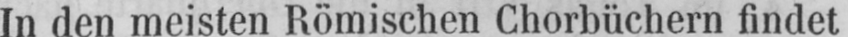
In den meisten Römischen Chorbüchern findet